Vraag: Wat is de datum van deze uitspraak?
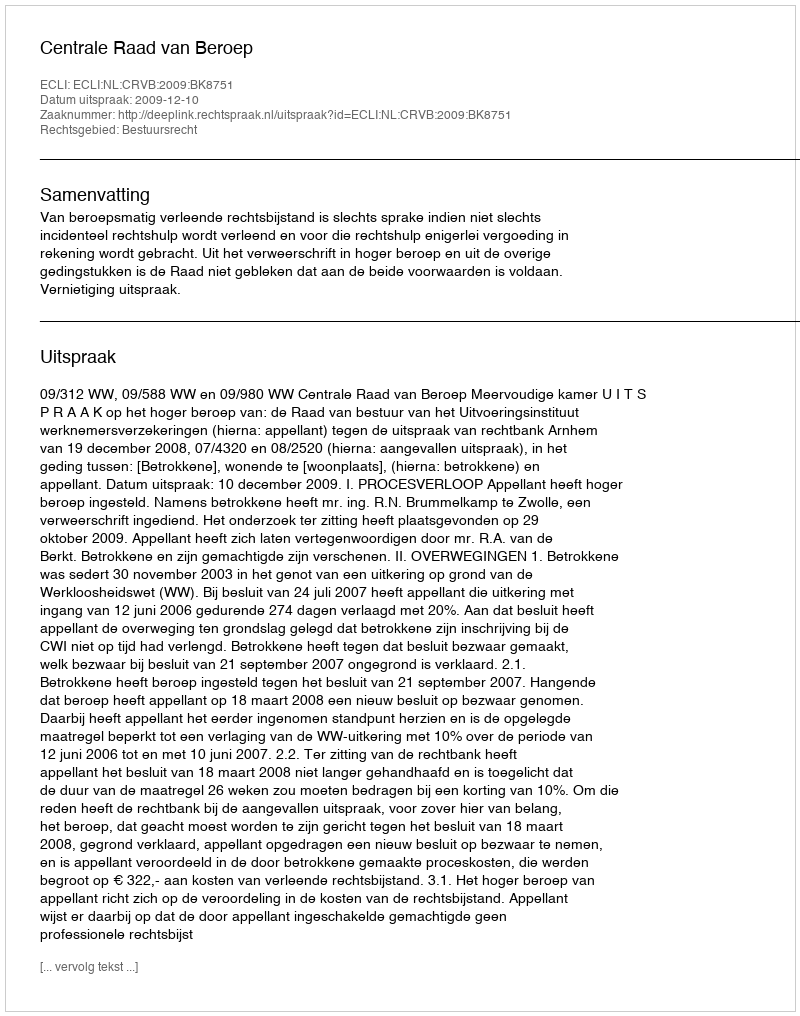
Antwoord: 2009-12-10